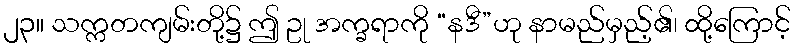
၂၃။ သက္ကတကျမ်းတို့၌ ဤ ဥု အက္ခရာကို “နဒီ”ဟု နာမည်မှည့်၏၊ ထို့ကြောင့်